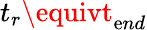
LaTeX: t_{r}\equivt_{\mathrm{e}nd}